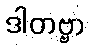
ဒါတဗ္ဗာ